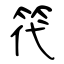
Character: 笩